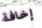
إخافة